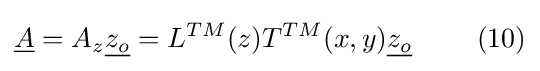
{\underline {A}}=A_{z}{\underline {z_{o}}}=L^{TM}(z)T^{TM}(x,y){\underline {z_{o}}}\ \ \ \ \ \ \ (10)